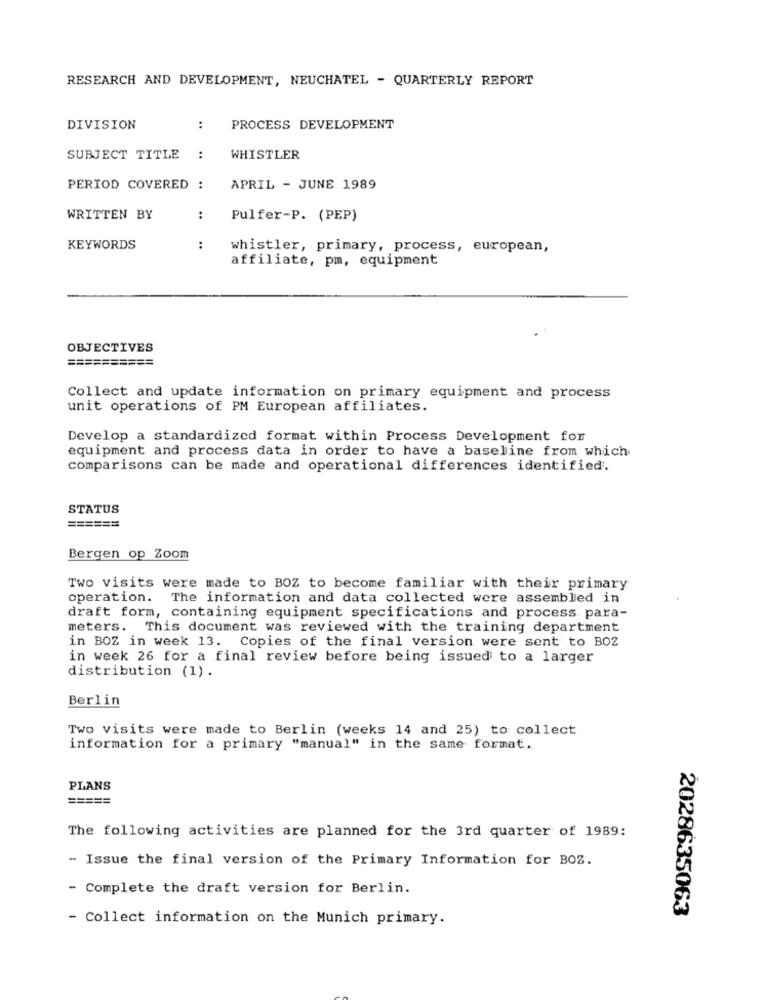
RESEARCH AND DEVELOPMENT, NEUCHATEL - QUARTERLY REPORT
DIVISION
:
PROCESS DEVELOPMENT
SUBJECT TITLE
:
WHISTLER
PERIOD COVERED :
APRIL - JUNE 1989
WRITTEN BY
:
Pulfer-P. (PEP)
KEYWORDS
:
whistler, primary, process, european,
affiliate, pm, equipment
OBJECTIVES
==========
Collect and update information on primary equipment and process
unit operations of PM European affiliates.
Develop a standardized format within Process Development for
equipment and process data in order to have a baseline from which
comparisons can be made and operational differences identified.
STATUS
======
Bergen op Zoom
Two visits were made to BOZ to become familiar with their primary
operation. The information and data collected were assembled in
draft form, containing equipment specifications and process para-
meters. This document was reviewed with the training department
in BOZ in week 13. Copies of the final version were sent to BOZ
in week 26 for a final review before being issued to a larger
distribution (1) .
Berlin
Two visits were made to Berlin (weeks 14 and 25) to collect
information for a primary "manual" in the same format.
PLANS
====
The following activities are planned for the 3rd quarter of 1989:
- Issue the final version of the Primary Information for BOZ.
- Complete the draft version for Berlin.
2028635063
- Collect information on the Munich primary.